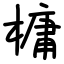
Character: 槦